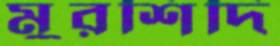
মুরশিদি